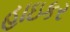
હાઇકર